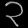
Digit: ၃